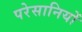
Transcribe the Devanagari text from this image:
परेसानियों